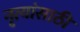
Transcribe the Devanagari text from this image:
नृत्यांसाठी